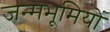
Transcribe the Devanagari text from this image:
जन्मभूमियों